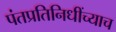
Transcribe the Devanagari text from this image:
पंतप्रतिनिधींच्याच